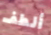
ألطف